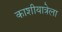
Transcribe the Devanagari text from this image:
काशीयात्रेला